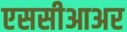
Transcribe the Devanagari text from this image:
एससीआअर